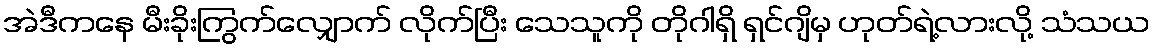
အဲဒီကနေ မီးခိုးကြွက်လျှောက် လိုက်ပြီး သေသူကို တိုဂါရှိ ရှင်ဂျိမှ ဟုတ်ရဲ့လားလို့ သံသယ